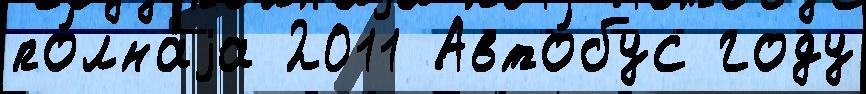
по́лнаjа 2011 Авто́бус году